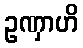
ဥဏှာဟိ